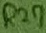
Text: R27